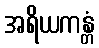
အရိယကန္တံ